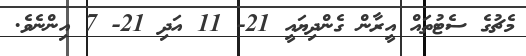
މެޗުގެ ސެޓުތައް އީރާން ގެންދިޔައީ 21- 11 އަދި 21- 7 އިންނެވެ.